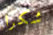
شكرا